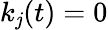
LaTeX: k_{\mathit{j}}(t)=0